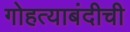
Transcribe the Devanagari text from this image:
गोहत्याबंदीची